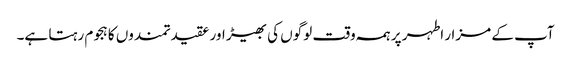
آپ کے مزار اطہر پر ہمہ وقت لوگوں کی بھیڑ اور عقیدتمندوں کا ہجوم رہتا ہے۔